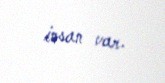
insan var.